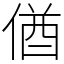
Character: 偤